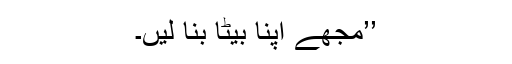
’’مجھے اپنا بیٹا بنا لیں۔